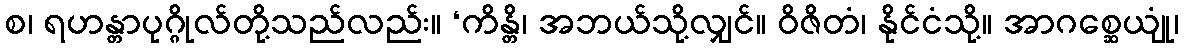
စ၊ ရဟန္တာပုဂ္ဂိုလ်တို့သည်လည်း။ ‘ကိန္တိ၊ အဘယ်သို့လျှင်။ ဝိဇိတံ၊ နိုင်ငံသို့။ အာဂစ္ဆေယျုံ၊